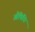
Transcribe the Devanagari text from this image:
औषिधि